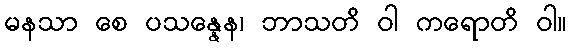
မနသာ စေ ပသန္နေန၊ ဘာသတိ ဝါ ကရောတိ ဝါ။